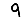
Digit: 9